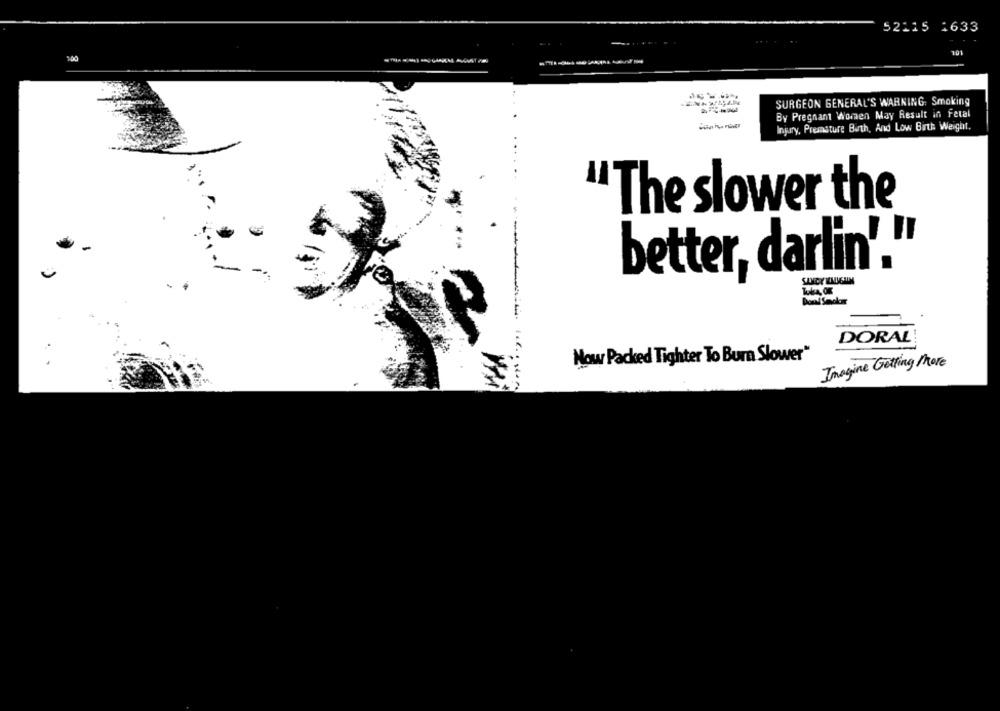
52115 1633
101
-------
SURGEON GENERAL'S WARNING: Smoking
By Pregnant Women May Result in Fetal
Injury, Premature Barth, And Low Birth Weight.
"The slower the
better, darlin'.'
SANCY IMIEIIN
DORAL
Now Packed Tighter To Burn Slower"
Imagine Getting More